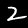
Digit: 2